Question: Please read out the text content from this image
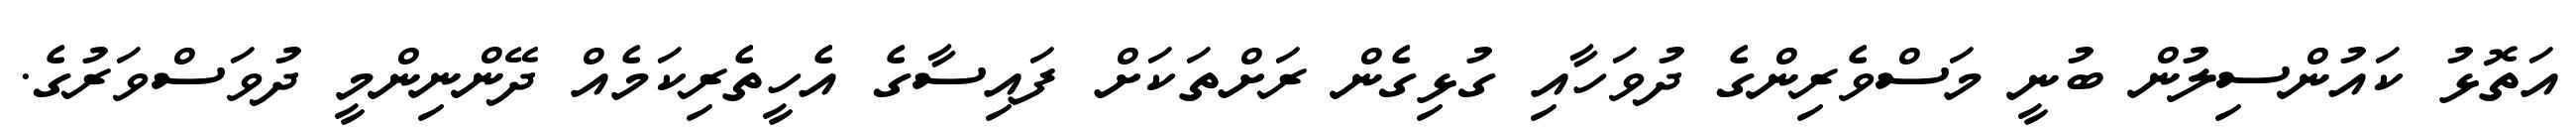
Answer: އަތޮޅު ކައުންސިލުން ބުނީ މަސްވެރިންގެ ދުވަހާއި ގުޅިގެން ރަށްތަކަށް ފައިސާގެ އެހީތެރިކަމެއް ދޭންނިންމީ ދުވަސްވަރުގެ.